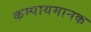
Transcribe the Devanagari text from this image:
कम्पायमानक